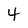
Character: 4